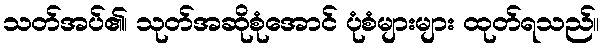
သတ်အပ်၏၊ သုတ်အဆိုစုံအောင် ပုံစံများများ ထုတ်ရသည်။